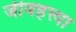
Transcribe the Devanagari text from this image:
जीवहत्त्या